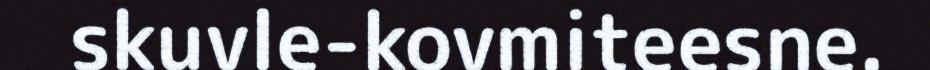
skuvle-kovmiteesne.